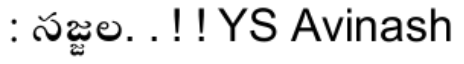
: సజ్జల. . ! ! YS Avinash